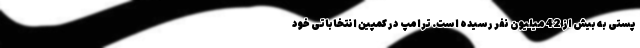
پستی به بیش از 42 میلیون نفر رسیده است. ترامپ در کمپین انتخاباتی خود